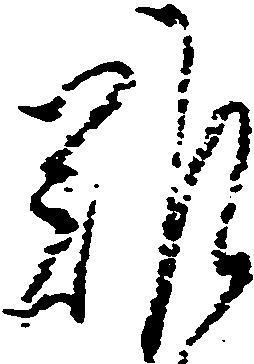
難